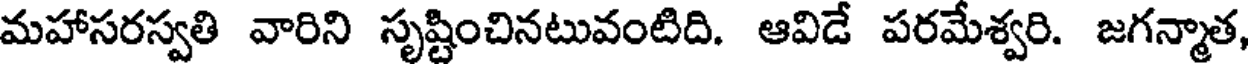
మహాసరస్వతి వారిని సృష్టించినటువంటిది. ఆవిడే పరమేశ్వరి. జగన్మాత,